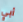
أبي